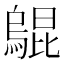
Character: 𤑎